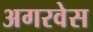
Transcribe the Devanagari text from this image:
अगरवेस